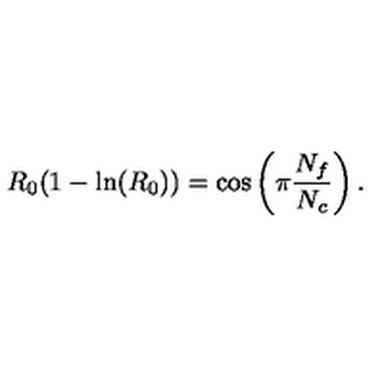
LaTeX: R _ { 0 } ( 1 - \ln ( R _ { 0 } ) ) = \cos \left( \pi \frac { N _ { f } } { N _ { c } } \right) .